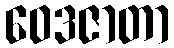
ဝေဒဇာတာ